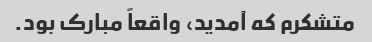
متشکرم که آمدید، واقعاً مبارک بود.